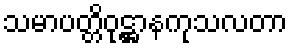
သမာပတ္တိဝုဋ္ဌာနကုသလတာ